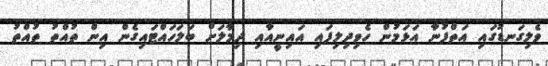
ވެލިގަނޑުގައި އަތްފުނާ އަޅަމުން ހެވިދިލިފައި އައިނީއާއި ދިމާލަށް ބަލަހައްޓައިގެން އިން ތުއްތު ތުއްތު